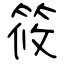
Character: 筱